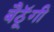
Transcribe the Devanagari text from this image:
बैठॅूगी